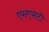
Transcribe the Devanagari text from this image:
एसएसटी